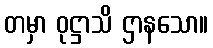
တမှာ ဝုဋ္ဌာသိ ဌာနသော။